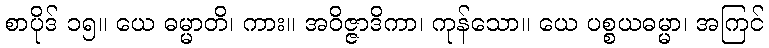
စာပိုဒ် ၁၅။ ယေ ဓမ္မာတိ၊ ကား။ အဝိဇ္ဇာဒိကာ၊ ကုန်သော။ ယေ ပစ္စယဓမ္မာ၊ အကြင်